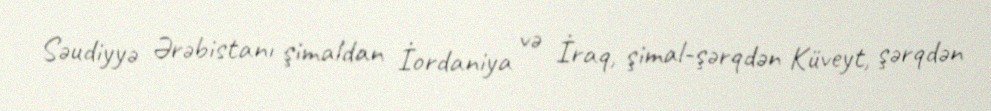
Səudiyyə Ərəbistanı şimaldan İordaniya və İraq, şimal-şərqdən Küveyt, şərqdən